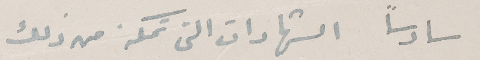
سادساً الشهادات التى تمكنه من ذلك